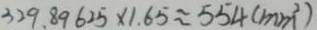
3 2 9 . 8 9 6 2 5 \times 1 . 6 5 \approx 5 5 4 ( m m ^ { 2 } )